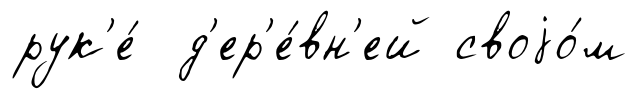
рук'е́ д'ер'е́вн'ей своjо́м